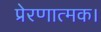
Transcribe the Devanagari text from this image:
प्रेरणात्मक।